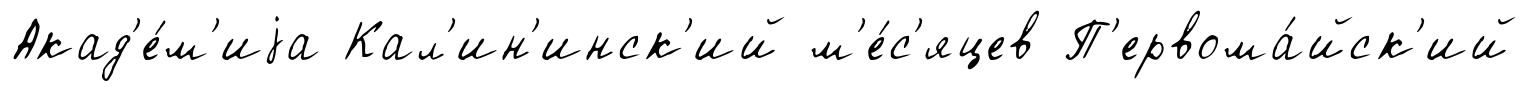
Акад'е́м'иjа Кал'ин'инск'ий м'е́с'яцев П'ервома́йск'ий